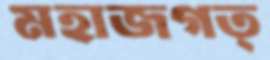
মহাজগত্